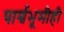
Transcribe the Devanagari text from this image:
पार्श्वभूमीही